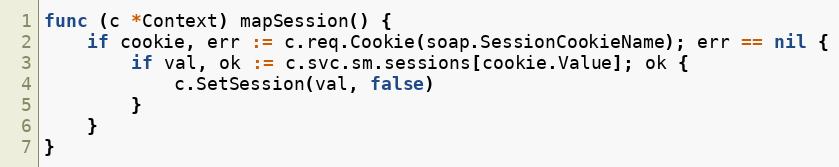
Language: Go
func (c *Context) mapSession() {
	if cookie, err := c.req.Cookie(soap.SessionCookieName); err == nil {
		if val, ok := c.svc.sm.sessions[cookie.Value]; ok {
			c.SetSession(val, false)
		}
	}
}